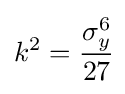
k^{2}={\cfrac {\sigma _{y}^{6}}{27}}